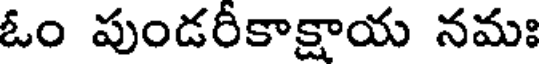
ఓం పుండరీకాక్షాయ నమః